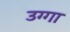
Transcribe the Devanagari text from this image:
उग्गा